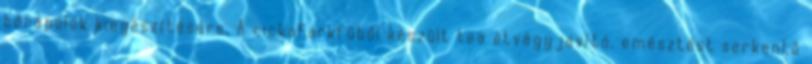
bőrápolók kiegészítésére. A cickafarkfűből készült tea étvágyjavító, emésztést serkentő